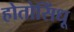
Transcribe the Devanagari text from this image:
होतोसिंधू